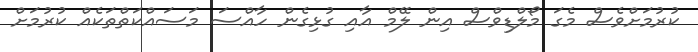
ކުރުމަށްވެސް މެގަ މޯލްޑިވްސް އިން ލޭމް އާއި ގުޅިގެން ހާއްސަ މަސައްކަތްތަކެއް ކުރުމަށް